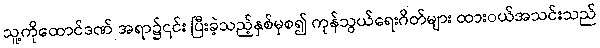
သူ့ကိုထောင်ဒဏ် အရာ၌၎င်း ပြီးခဲ့သည့်နှစ်မှစ၍ ကုန်သွယ်ရေးဂိတ်များ ထားဝယ်အသင်းသည်